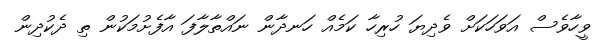
ވީހާވެސް އަވަހަކަށް ވެދިޔަ ހުރިހާ ކަމެއް ހަނދާން ނައްތާލާފަ އާފެށުމަކުން ތި ދެކުދިން